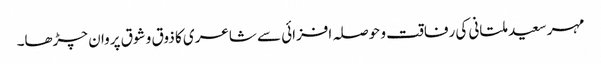
مہر سعید ملتانی کی رفاقت و حوصلہ افزائی سے شاعری کا ذوق و شوق پروان چڑھا۔